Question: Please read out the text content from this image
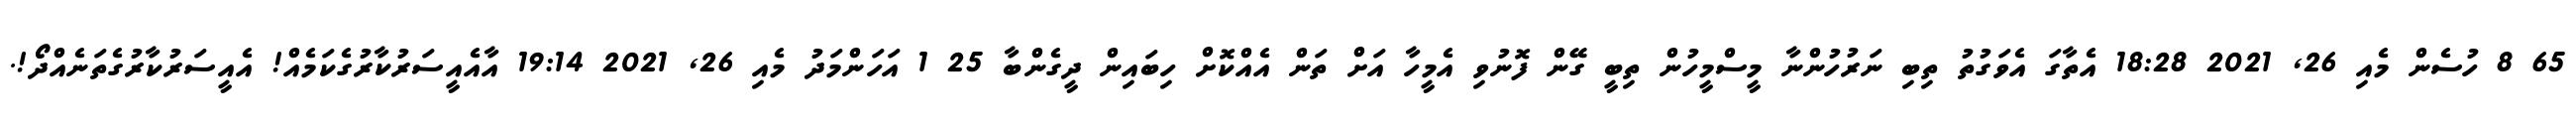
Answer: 65 8 ހުސެން މެއި 26, 2021 18:28 އެތާގަ އެވަގުތު ތިބި ނަރުހުންނާ މީސްމީހުން ތިބީ ގޭން ފޮނުވި އެމީހާ އަށް ތަން އެއްކޮށް ހިބައިން ދީގެންބާ 25 1 އަހަންމަދު މެއި 26, 2021 19:14 އާއެއީސަރުކާރުގެކަމެއް! އެއީސަރުކާރުގެތަނެއްދޯ!.